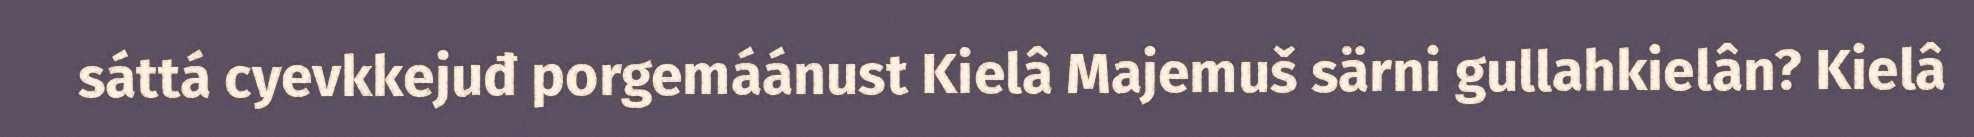
sáttá cyevkkejuđ porgemáánust Kielâ Majemuš särni gullahkielân? Kielâ